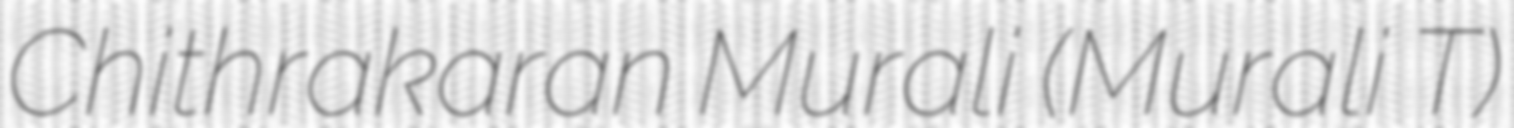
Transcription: Chithrakaran Murali (Murali T)